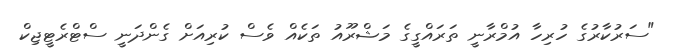
"ސަރުކާރުގެ ހުރިހާ އުމްރާނީ ތަރައްގީގެ މަޝްރޫއު ތަކެއް ވެސް ކުރިއަށް ގެންދަނީ ސްޓްރެޓީޖިކް